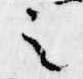
之